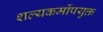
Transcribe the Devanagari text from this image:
शल्यकर्मोपयुक्त